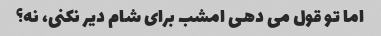
اما تو قول می دهی امشب برای شام دیر نکنی، نه؟